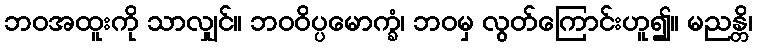
ဘဝအထူးကို သာလျှင်။ ဘဝဝိပ္ပမောက္ခံ၊ ဘဝမှ လွတ်ကြောင်းဟူ၍။ မညန္တိ၊